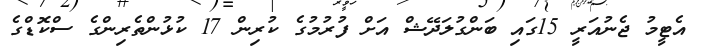
އެޓީމު ޖެނުއަރީ 15ގައި ބަންގުލަދޭޝް އަށް ފުރުމުގެ ކުރިން 17 ކުޅުންތެރިންގެ ސްކޮޑްގެ